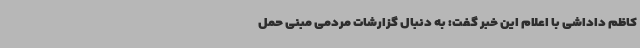
کاظم داداشی با اعلام این خبر گفت: به دنبال گزارشات مردمی مبنی حمل